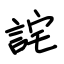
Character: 詫